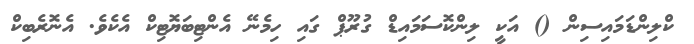
ކްލިންޑަމައިސިން () އަކީ ލިންކޮސަމައިޑް ގުރޫޕް ގައި ހިމެނޭ އެންޓިބަޔޮޓިކް އެކެވެ. އެނޮރެބިކް